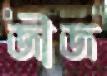
জীজ